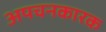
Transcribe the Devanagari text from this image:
अपचनकारक